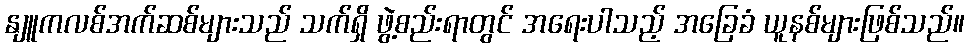
နျူကလစ်အက်ဆစ်များသည် သက်ရှိ ဖွဲ့စည်းရာတွင် အရေးပါသည့် အခြေခံ ယူနစ်များဖြစ်သည်။